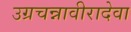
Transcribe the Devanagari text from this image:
उग्रचन्नावीरादेवा